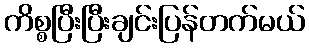
ကိစ္စပြီးပြီးချင်းပြန်တက်မယ်